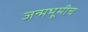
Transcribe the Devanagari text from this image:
जन्मभूमीच